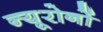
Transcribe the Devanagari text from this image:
न्यूरोनों